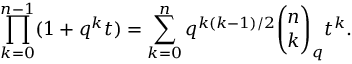
\prod _ { k = 0 } ^ { n - 1 } ( 1 + q ^ { k } t ) = \sum _ { k = 0 } ^ { n } q ^ { k ( k - 1 ) / 2 } { \binom { n } { k } } _ { q } t ^ { k } .